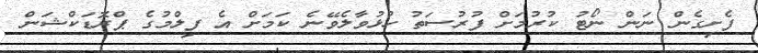
ފެށިގެން ނަން ނޯޓު ކުރުމަށް ފުރުސަތު ހުޅުވާލެވޭނެ ކަމަށް އެ ފިލްމުގެ ޕްރޮޑަކްޝަން